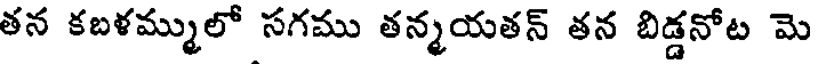
తన కబళమ్ములో సగము తన్మయతన్ తన బిడ్డనోట మె